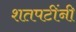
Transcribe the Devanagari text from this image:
शतपटींनी